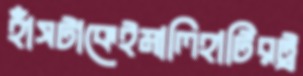
হাঁসটাকেইমালিহাটিরট্র